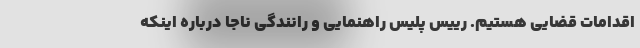
اقدامات قضایی هستیم. رییس پلیس راهنمایی و رانندگی ناجا درباره اینکه